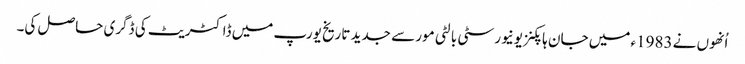
اُنھوں نے 1983ء میں جان ہاپکنز یونیورسٹی بالٹی مور سے جدید تاریخ یورپ میں ڈاکٹریٹ کی ڈگری حاصل کی۔